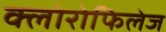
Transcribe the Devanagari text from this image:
क्लोरोफिलेज